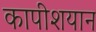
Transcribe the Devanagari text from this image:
कापीशयान